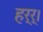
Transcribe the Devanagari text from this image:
हर्र्।